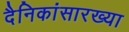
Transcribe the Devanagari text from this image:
दैनिकांसारख्या